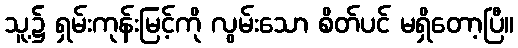
သူ့၌ ရှမ်းကုန်းမြင့်ကို လွမ်းသော စိတ်ပင် မရှိတော့ပြီ။